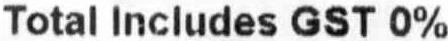
TOTAL INCLUDES GST 0%